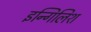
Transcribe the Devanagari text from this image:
इन्गिलिश